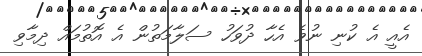
އެއީ އެ ކުނި ނުވެ އެހާ ދުވަހު ސަލާމަތުން އެ އޮތުމައް ދިމާވި